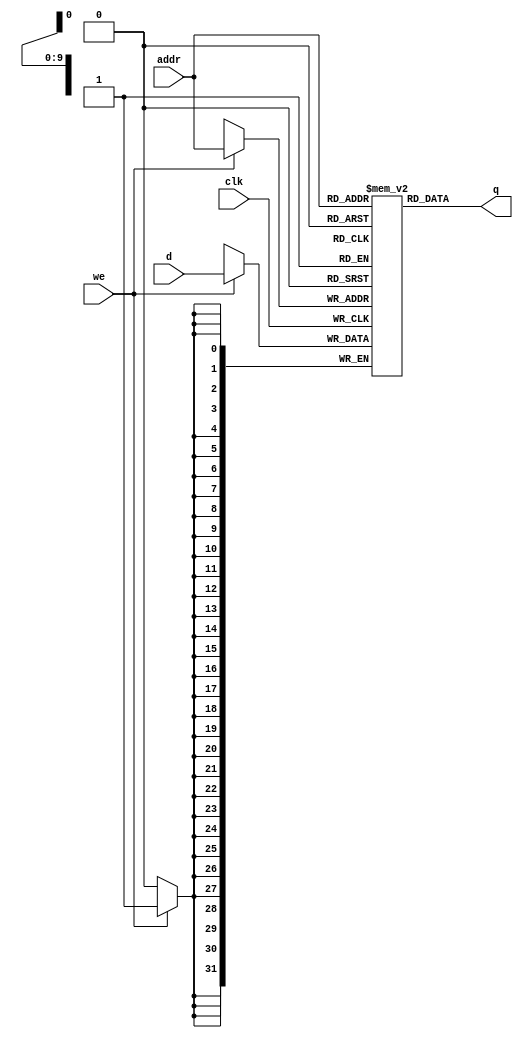
`timescale 1ns/1ps

module RAM(clk, addr,
                d,
                we,
                q);

   /***************************************************************************
    ** Here the inputs are defined                                           **
    ***************************************************************************/
   input[9:0]  addr;
   input  clk;
   input[31:0]  d;
   input  we;

   /***************************************************************************
    ** Here the outputs are defined                                          **
    ***************************************************************************/
   output[31:0] q;

	reg [31:0] mem[1023:0];
	integer k;
	
	initial begin
	   for(k=0;k<1024;k=k+1)
	       mem[k]=0;
	end
	
	always @ (posedge clk) begin
		if (we)
			mem[addr] <= d;
	end
	assign q = mem[addr];

endmodule